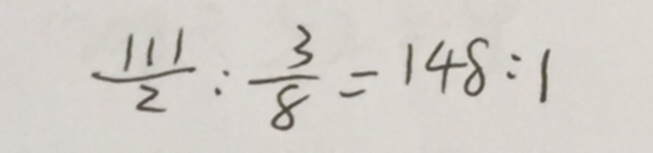
\frac { 1 1 1 } { 2 } : \frac { 3 } { 8 } = 1 4 8 : 1